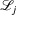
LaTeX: { \mathcal { L } } _ { j }